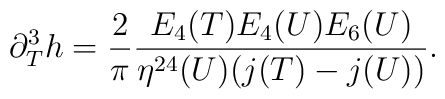
\partial^3_Th={2\over \pi}{E_4(T)E_4(U)E_6(U)\over \eta^{24}(U)(j(T)-j(U))}.